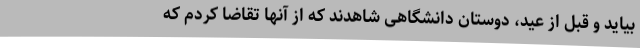
بیاید و قبل از عید، دوستان دانشگاهی شاهدند که از آنها تقاضا کردم که